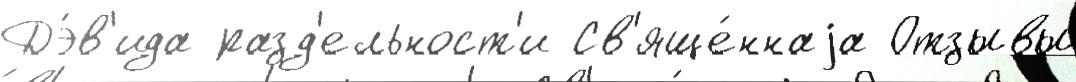
Дэ́в'ида разд'ельност'и Св'яще́ннаjа Отзывы